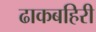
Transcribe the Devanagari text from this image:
ढाकबहिरी